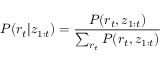
P ( r _ { t } | \boldsymbol { z } _ { 1 : t } ) = \frac { P ( r _ { t } , \boldsymbol { z } _ { 1 : t } ) } { \sum _ { r _ { t } } P ( r _ { t } , \boldsymbol { z } _ { 1 : t } ) }